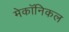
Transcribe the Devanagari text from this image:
मेकॉनिकल